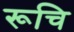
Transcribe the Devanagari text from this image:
रूचि